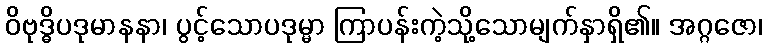
ဝိဗုဒ္ဓိပဒုမာနနာ၊ ပွင့်သောပဒုမ္မာ ကြာပန်းကဲ့သို့သောမျက်နှာရှိ၏။ အဂ္ဂဇော၊